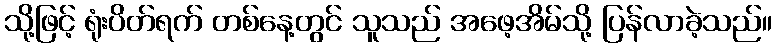
သို့ဖြင့် ရုံးပိတ်ရက် တစ်နေ့တွင် သူသည် အဖေ့အိမ်သို့ ပြန်လာခဲ့သည်။